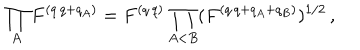
\prod _ { A } F ^ { ( q \, q + q _ { A } ) } = F ^ { ( q \, q ) } \prod _ { A < B } ( F ^ { ( q \, q + q _ { A } + q _ { B } ) } ) ^ { 1 / 2 } \, ,